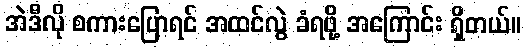
အဲဒီလို စကားပြောရင် အထင်လွဲ ခံရဖို့ အကြောင်း ရှိတယ်။